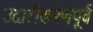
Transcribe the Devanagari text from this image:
उदारीकरणपूर्व